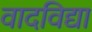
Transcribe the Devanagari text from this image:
वादविद्या